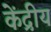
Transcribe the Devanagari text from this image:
केंद्रीय